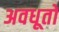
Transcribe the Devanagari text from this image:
अवधूतो